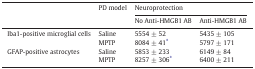
|  | PD model | <COLSPAN=2> Neuroprotection |
 | No Anti-HMGB1 AB | Anti-HMGB1 AB |
 | --- | --- | --- | --- |
 | Iba1-positive microglial cells | Saline | 5554 ± 52 | 5435 ± 105 |
 | MPTP | 8084 ± 41⁎ | 5797 ± 171 |
 | GFAP-positive astrocytes | Saline | 5853 ± 233 | 6149 ± 84 |
 | MPTP | 8257 ± 306⁎ | 6400 ± 211 |